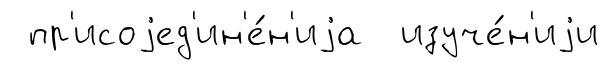
пр'исоjед'ин'е́н'иjа изуче́н'иjи